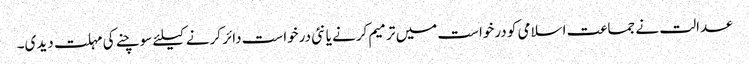
عدالت نے جماعت اسلامی کو درخواست میں ترمیم کرنے یا نئی درخواست دائر کرنے کیلئے سوچنے کی مہلت دیدی۔